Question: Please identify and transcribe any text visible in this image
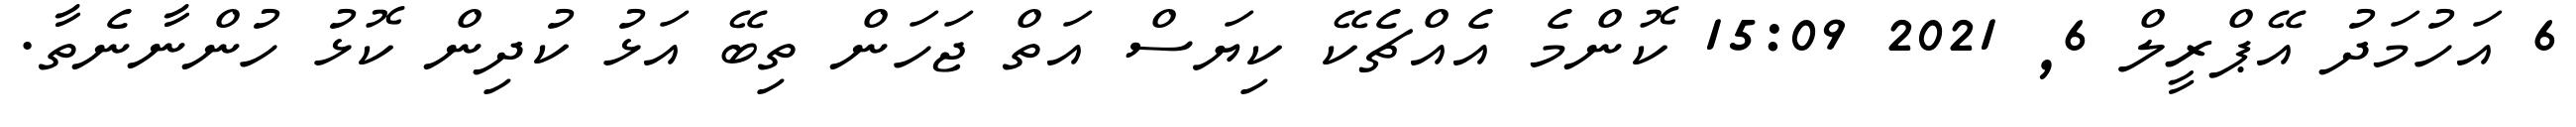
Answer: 6 އަހުމަދު އޭޕްރީލް 6, 2021 15:09 ކޮންމެ އެއްޗެކޭ ކިޔަސް އަތް ޖަހަން ތިބޭ އަޅު ކުދިން ކޮޅު ހުންނާނެތާ.